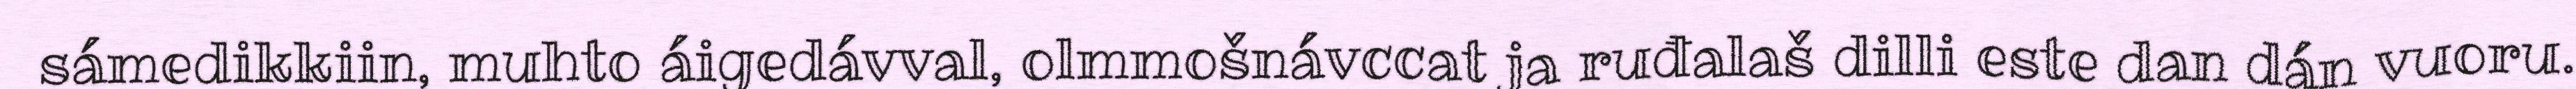
sámedikkiin, muhto áigedávval, olmmošnávccat ja ruđalaš dilli este dan dán vuoru.